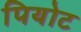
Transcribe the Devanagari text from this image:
पियोट